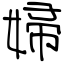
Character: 婦